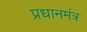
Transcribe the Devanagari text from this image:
प्रधानमंत्र